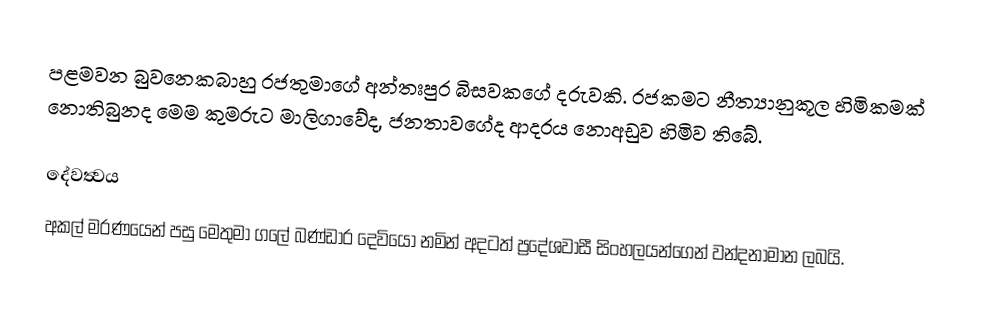
පළමවන බුවනෙකබාහු රජතුමාගේ අන්තඃපුර බිසවකගේ දරුවකි. රජකමට නීත්‍යානුකූල හිමිකමක් නොතිබුනද මෙම කුමරුට මාලිගාවේද, ජනතාවගේද ආදරය නොඅඩුව හිමිව තිබේ.

දේවත්‍වය
අකල් මරණයෙන් පසු මෙතුමා ගලේ බණ්ඩාර දෙවියෝ නමින් අදටත් ප්‍රදේශවාසී සිංහලයන්ගෙන් වන්දනාමාන ලබයි.